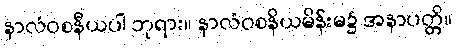
နာလံဝစနီယပါ ဘုရား။ နာလံဝစနိယမိန်းမ၌ အနာပတ္တိ။